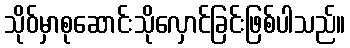
သိုဝ်မှာစုဆောင်းသိုလှောင်ခြင်းဖြစ်ပါသည်။